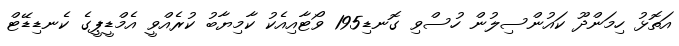
އަތޮޅު ހިމަންދޫ ކައުންސިލުން ހުސްވި ގޮނޑި195 ވޯޓާއިއެކު ކާމިޔާބު ކުރެއްވީ އެމްޑީޕީގެ ކެނޑިޑޭޓް